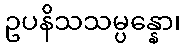
ဥပနိသသမ္ပန္နော၊